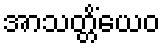
အာသတ္တိံယေဝ